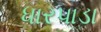
ધારપાડા